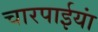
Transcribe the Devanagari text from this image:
चारपाईयां